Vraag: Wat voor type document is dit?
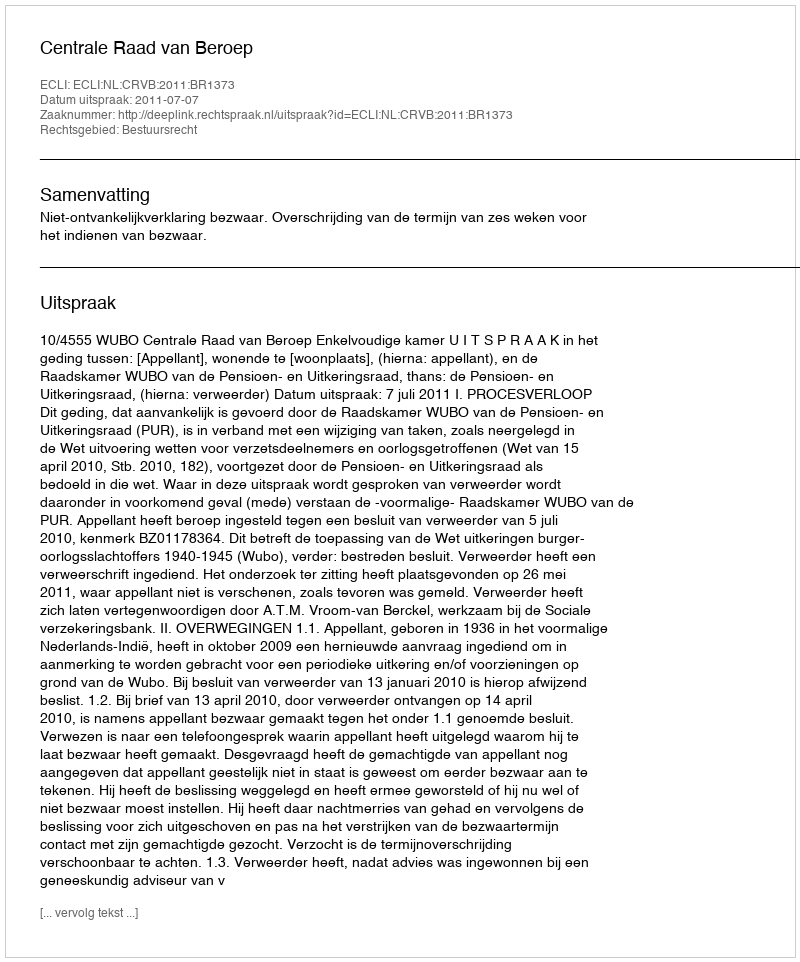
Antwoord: Uitspraak